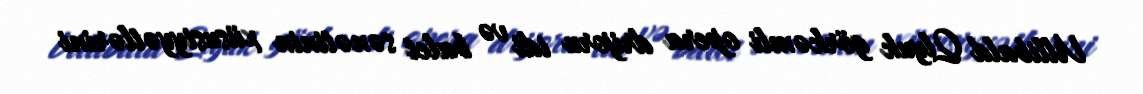
Villibald Qlyuk görkəmli opera drijoru idi və balet sənətinin xüsusiyyətlərini